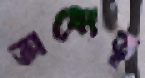
অধ্যেতৃ